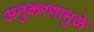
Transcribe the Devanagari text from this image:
अनुकरणामुळे